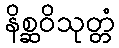
နိစ္ဆဝိသုတ္တံ